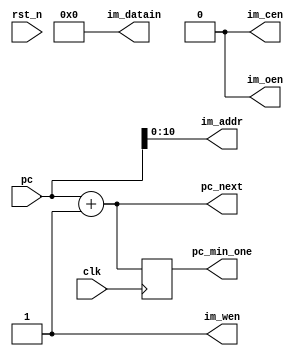
module instruction_fetch (
  input clk,
  input rst_n,
  input [31:0] pc,
  output reg [31:0] pc_min_one,
  output reg im_cen,
  output reg im_wen,
  output reg im_oen,
  output reg [10:0] im_addr,
  output reg [31:0] im_datain,
  output reg [31:0] pc_next
);

  localparam UNDEFINE = 32'b0;

  always@ (posedge clk) begin
    pc_min_one <= pc_next;
  end

  always@ (*) begin
    im_cen = 1'b0;
    im_wen = 1'b1;
    im_oen = 1'b0;
    im_addr = pc[10:0];
    im_datain = UNDEFINE;
    pc_next = pc + 32'd1;
  end

endmodule